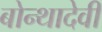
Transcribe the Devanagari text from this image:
बोन्थादेवी